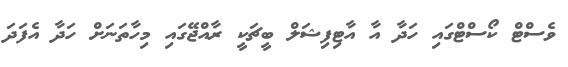
ވެސްޓް ކޯސްޓްގައި ހަދާ އާ އާޓިފިޝަލް ބީޗަކީ ރާއްޖޭގައި މިހާތަނަށް ހަދާ އެފަދަ